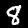
Digit: 8